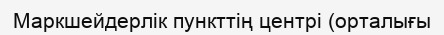
Маркшейдерлік пункттің центрі (орталығы